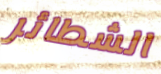
الشطائر